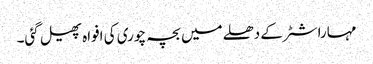
مہاراشٹر کے دھلے میں بچہ چوری کی افواہ پھیل گئی۔